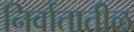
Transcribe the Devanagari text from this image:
निर्वातातील